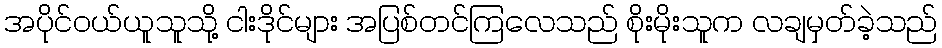
အပိုင်ဝယ်ယူသူသို့ ငါးဒိုင်များ အပြစ်တင်ကြလေသည် စိုးမိုးသူက လချမှတ်ခဲ့သည်